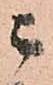
ニ